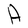
Character: A